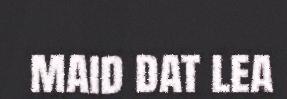
maid dat lea